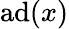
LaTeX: \operatorname{ad}(x)